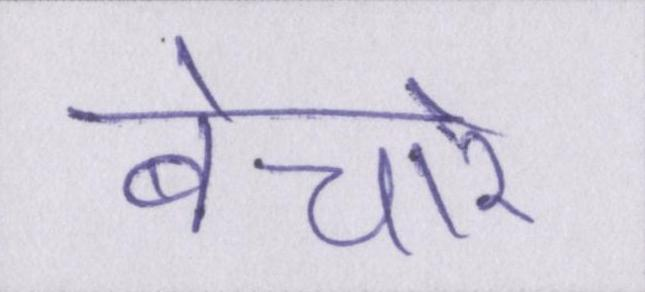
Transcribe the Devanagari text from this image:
बेचारे